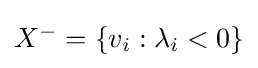
\textstyle X^{-}=\{v_{i}:\lambda _{i}<0\}